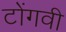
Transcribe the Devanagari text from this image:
टोंगवी